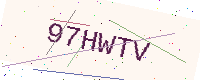
Text: 97HWTV